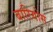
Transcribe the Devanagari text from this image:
बारियोस